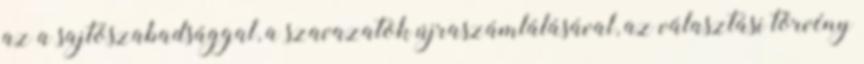
az a sajtószabadsággal, a szavazatok újraszámlálásával, az választási törvény